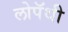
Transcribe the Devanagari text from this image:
लोपॅथी